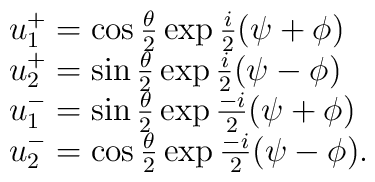
\begin{array}{lcr}u^+_1=\cos{\theta\over2} \exp{i\over2}(\psi+\phi)\\u^+_2=\sin{\theta\over2} \exp{i\over2}(\psi-\phi)\\u^-_1=\sin{\theta\over2} \exp{-i\over2}(\psi+\phi)\\u^-_2=\cos{\theta\over2} \exp{-i\over2}(\psi-\phi).\end{array}